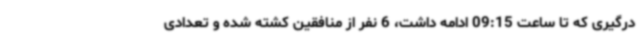
درگیری که تا ساعت 09:15 ادامه داشت، 6 نفر از منافقین کشته شده و تعدادی